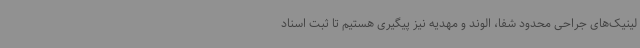
لینیک‌های جراحی محدود شفا، الوند و مهدیه نیز پیگیری هستیم تا ثبت اسناد